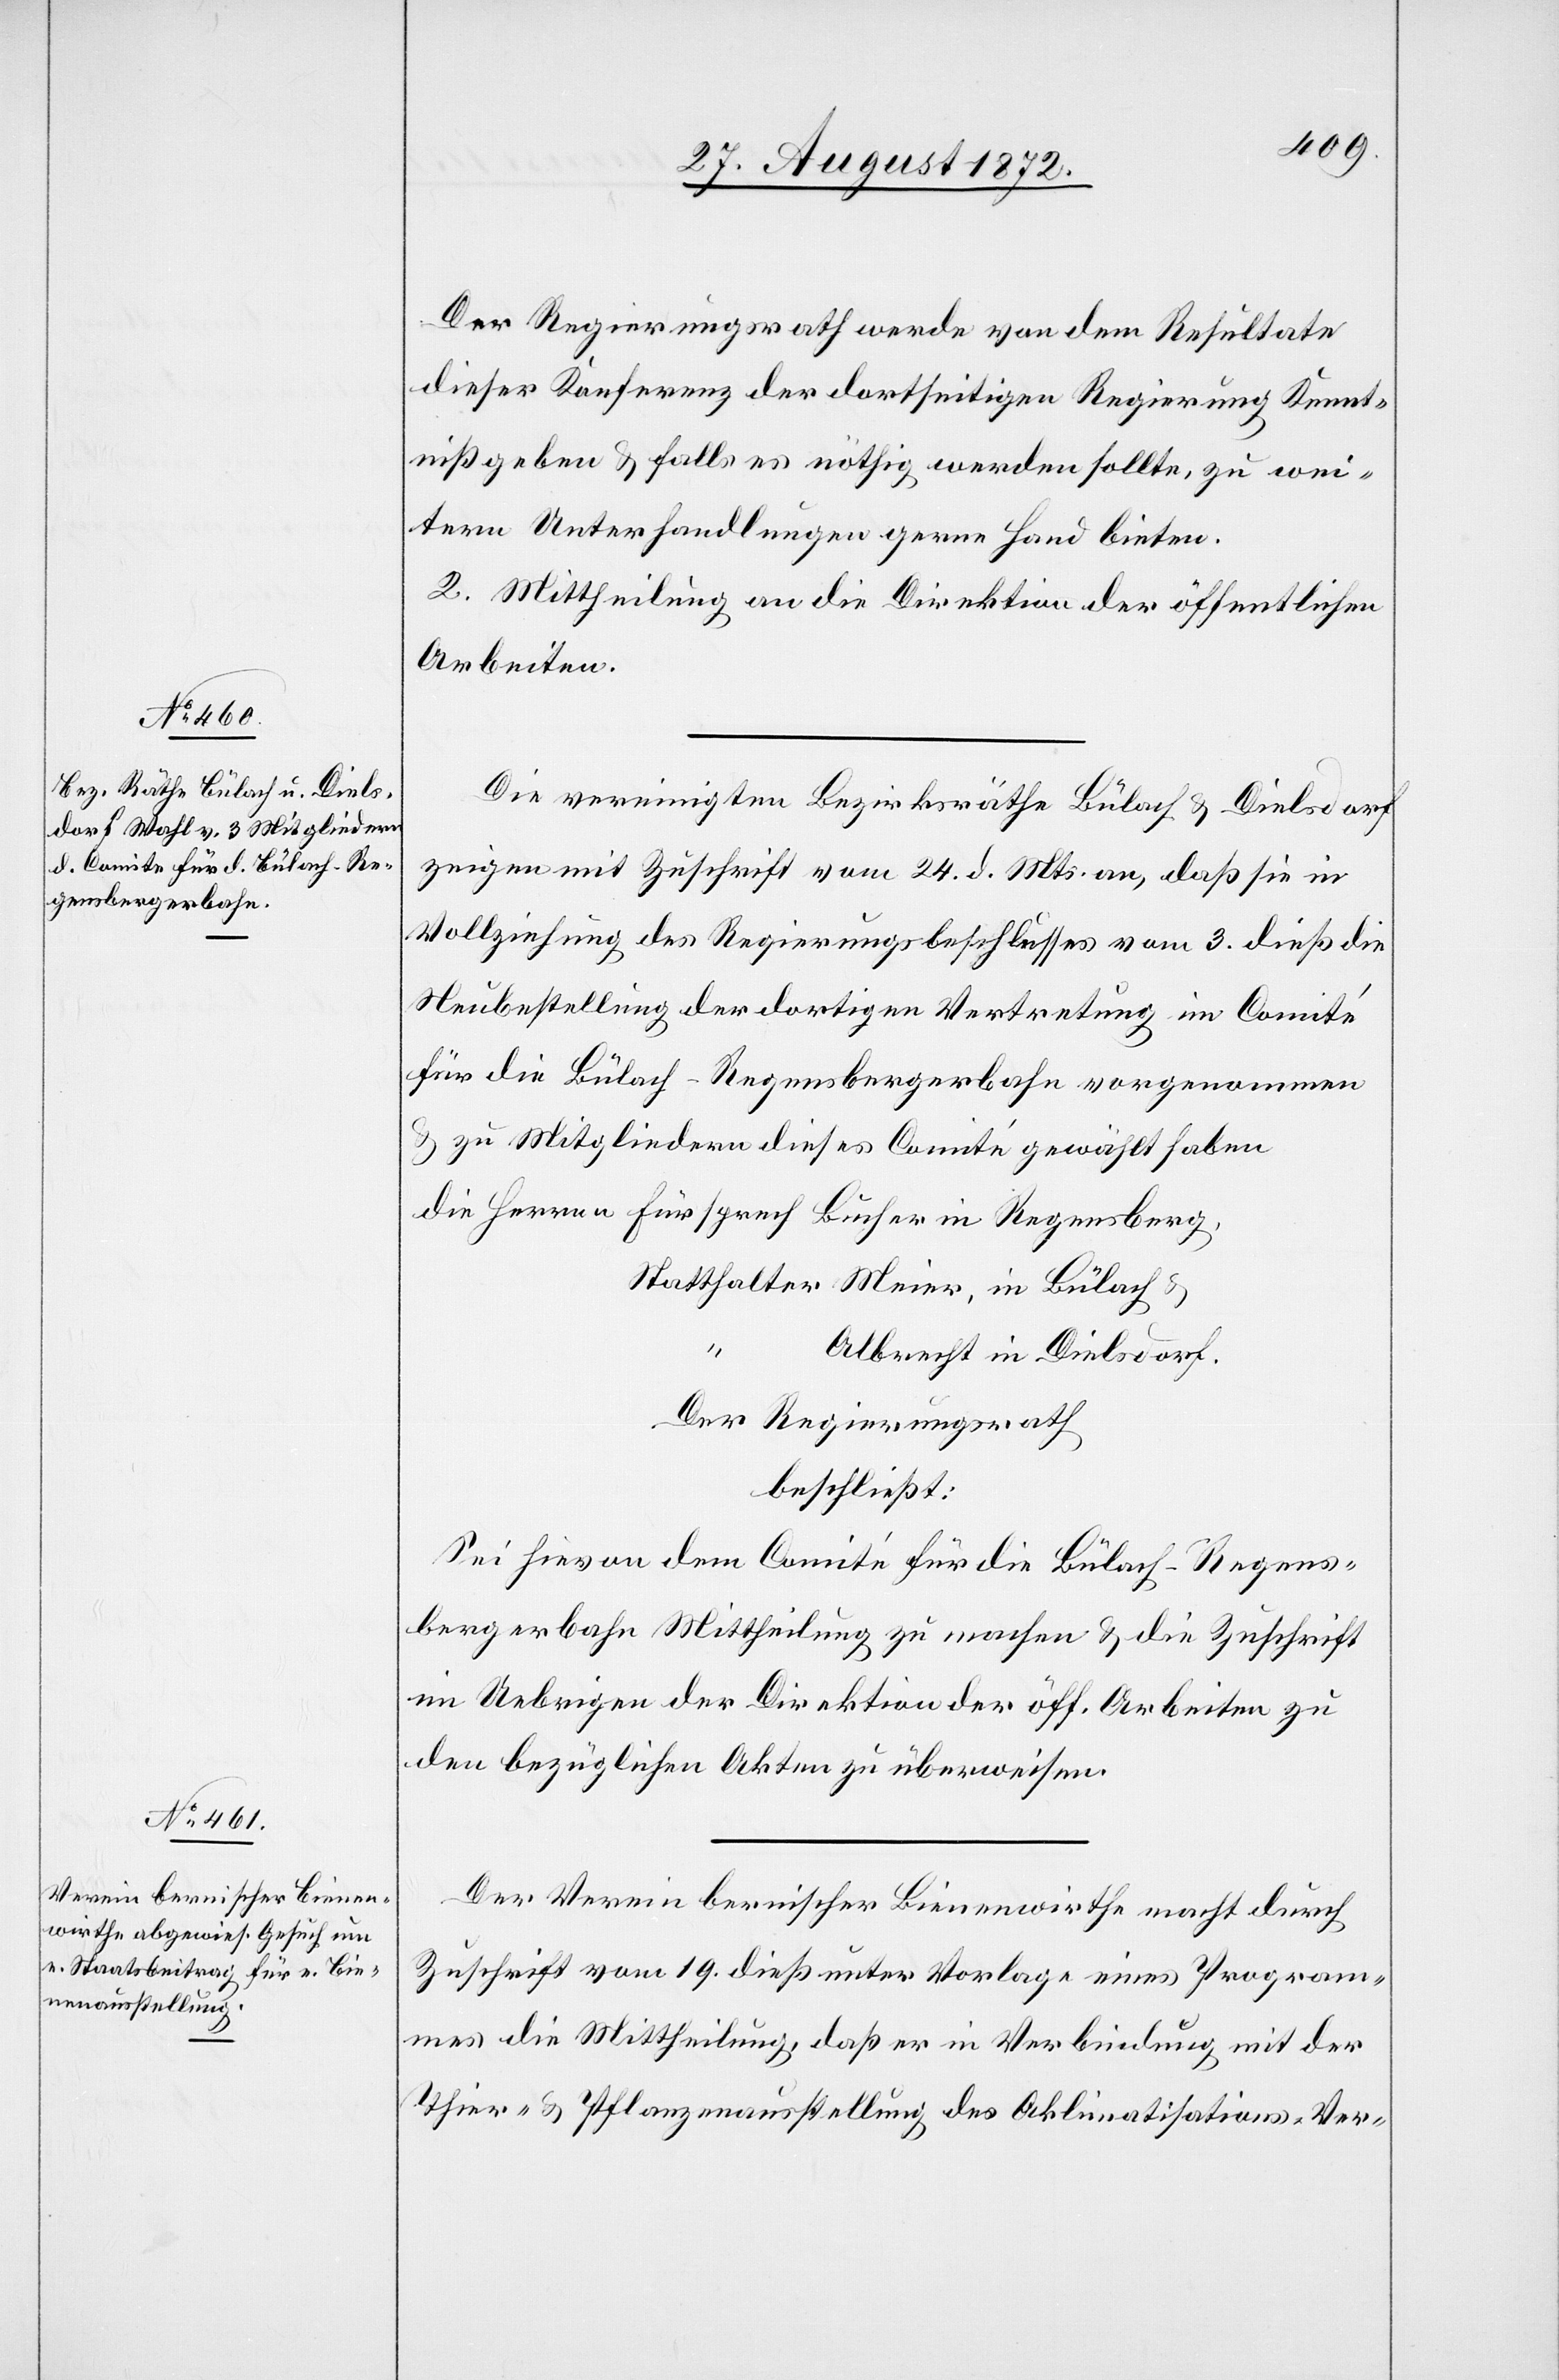
Der Regierungsrath werde von dem Resultate
dieser Konferenz der dortseitigen Regierung Kennt¬
niß geben u. falls es nöthig werden sollte, zu wei¬
tern Unterhandlungen gerne Hand bieten.
2. Mittheilung an die Direktion der öffentlichen
Arbeiten.
Die vereinigten Bezirksräthe Bülach u. Dielsdorf
zeigen mit Zuschrift vom 24. d. Mts. an, daß sie in
Vollziehung des Regierungsbeschlusses vom 3. dieß die
Neubestellung der dortigen Vertretung im Comité
für die Bülach–Regensbergerbahn vorgenommen
u. zu Mitgliedern dieses Comité gewählt haben
die Herren Fürsprech Bucher in Regensberg,
Statthalter Meier, in Bülach u.
Albrecht in Dielsdorf.
Der Regierungsrath,
beschließt:
Sei hievon dem Comité für die Bülach–Regens¬
bergerbahn Mittheilung zu machen u. die Zuschrift
im Uebrigen der Direktion der öff. Arbeiten zu
den bezüglichen Akten zu überweisen.
Der Verein bernischer Bienenwirthe macht durch
Zuschrift vom 19. dieß unter Vorlage eines Program¬
mes die Mittheilung, daß er in Verbindung mit der
Thier- u. Pflanzenausstellung des Aklimatisations-Ver-